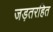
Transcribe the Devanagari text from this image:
जड़तरहित